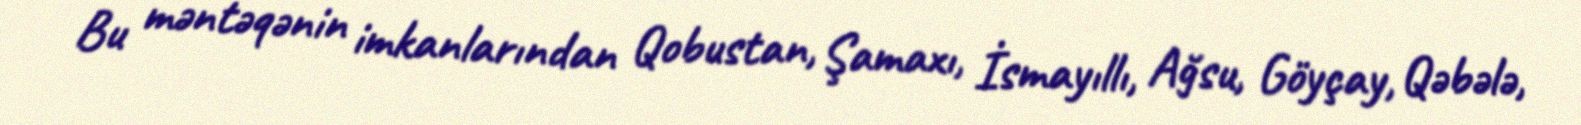
Bu məntəqənin imkanlarından Qobustan, Şamaxı, İsmayıllı, Ağsu, Göyçay, Qəbələ,